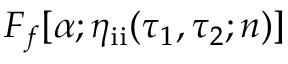
F _ { f } [ \alpha ; \eta _ { \mathrm { i i } } ( \tau _ { 1 } , \tau _ { 2 } ; n ) ]